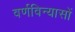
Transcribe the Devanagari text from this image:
वर्णविन्यासों